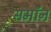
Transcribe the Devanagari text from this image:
समॉन